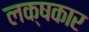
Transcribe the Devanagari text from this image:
लक्षकार